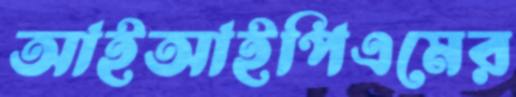
আইআইপিএমের